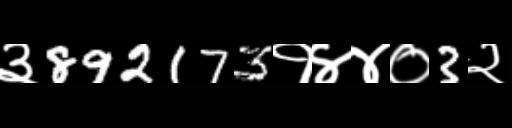
Text: ३892173१४४०3२